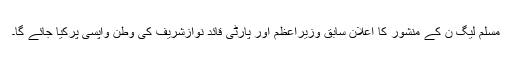
مسلم لیگ ن کے منشور کا اعلان سابق وزیراعظم اور پارٹی قائد نوازشریف کی وطن واپسی پرکیا جائے گا۔